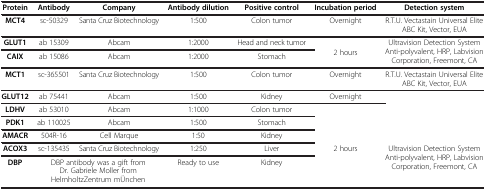
<table><thead><tr><td><b>Protein</b></td><td><b>Antibody</b></td><td><b>Company</b></td><td><b>Antibody dilution</b></td><td><b>Positive control</b></td><td><b>Incubation period</b></td><td><b>Detection system</b></td></tr></thead><tbody><tr><td><b>MCT4</b></td><td>sc-50329</td><td>Santa Cruz Biotechnology</td><td>1:500</td><td>Colon tumor</td><td>Overnight</td><td>R.T.U. Vectastain Universal Elite ABC Kit, Vector, EUA</td></tr><tr><td><b>GLUT1</b></td><td>ab 15309</td><td>Abcam</td><td>1:2000</td><td>Head and neck tumor</td><td rowspan="2">2 hours</td><td rowspan="2">Ultravision Detection System Anti-polyvalent, HRP, Labvision Corporation, Freemont, CA</td></tr><tr><td><b>CAIX</b></td><td>ab 15086</td><td>Abcam</td><td>1:2000</td><td>Stomach</td></tr><tr><td><b>MCT1</b></td><td>sc-365501</td><td>Santa Cruz Biotechnology</td><td>1:500</td><td>Colon tumor</td><td>Overnight</td><td>R.T.U. Vectastain Universal Elite ABC Kit, Vector, EUA</td></tr><tr><td><b>GLUT12</b></td><td>ab 75441</td><td>Abcam</td><td>1:500</td><td>Kidney</td><td>Overnight</td><td> </td></tr><tr><td><b>LDHV</b></td><td>ab 53010</td><td>Abcam</td><td>1:1000</td><td>Colon tumor</td><td> </td><td> </td></tr><tr><td><b>PDK1</b></td><td>ab 110025</td><td>Abcam</td><td>1:500</td><td>Stomach</td><td> </td><td> </td></tr><tr><td><b>AMACR</b></td><td>504R-16</td><td>Cell Marque</td><td>1:50</td><td>Kidney</td><td> </td><td> </td></tr><tr><td><b>ACOX3</b></td><td>sc-135435</td><td>Santa Cruz Biotechnology</td><td>1:250</td><td>Liver</td><td rowspan="2">2 hours</td><td rowspan="2">Ultravision Detection System Anti-polyvalent, HRP, Labvision Corporation, Freemont, CA</td></tr><tr><td><b>DBP</b></td><td colspan="2">DBP antibody was a gift from Dr. Gabriele Moller from HelmholtzZentrum mÜnchen</td><td>Ready to use</td><td>Kidney</td></tr></tbody></table>